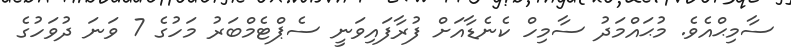
ސާމިޙްއެވެ. މުޙައްމަދު ސާމިހް ކެނެޑާއަށް ފުރާފައިވަނީ ސެޕްޓެމްބަރު މަހުގެ 7 ވަނަ ދުވަހުގެ